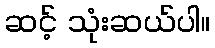
ဆင့် သုံးဆယ်ပါ။